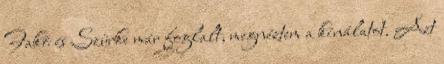
Fakó és Szürke már foglalt, megnéztem a kínálatot. Azt